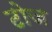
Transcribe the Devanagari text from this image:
टोज